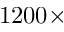
1 2 0 0 \times